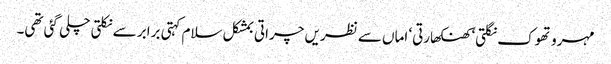
مہرو تھوک نگلتی‘ کھنکھارتی‘ اماں سے نظریں چراتی بمشکل سلام کہتی برابر سے نکلتی چلی گئی تھی۔